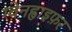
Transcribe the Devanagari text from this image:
ग्वेनह्वाइफ़र